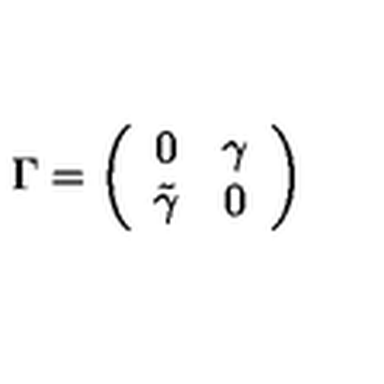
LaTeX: \Gamma = \left( \begin{array} { c c } { 0 } & { \gamma } \\ { \tilde { \gamma } } & { 0 } \\ \end{array} \right)